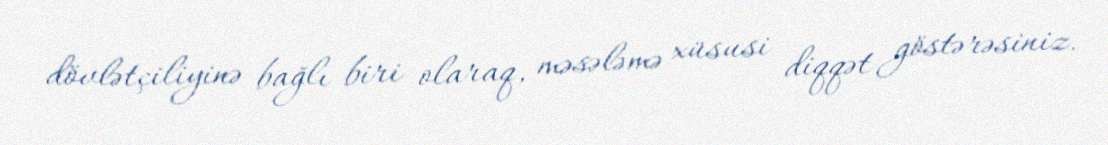
dövlətçiliyinə bağlı biri olaraq, məsələmə xüsusi diqqət göstərəsiniz.